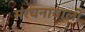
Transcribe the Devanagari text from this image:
संरचनावाली